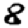
Digit: 8